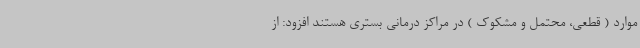
موارد ( قطعی، محتمل و مشکوک ) در مراکز درمانی بستری هستند افزود: از